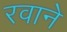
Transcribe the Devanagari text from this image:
रवाने